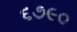
૬૭૯૦